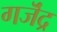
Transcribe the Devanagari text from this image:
गजॆंद्र